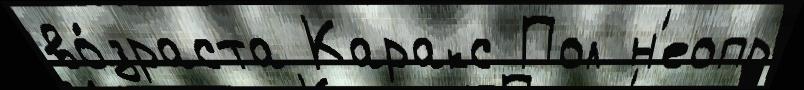
во́зраста Каракс Пол н'еопр